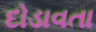
દોડાવતા